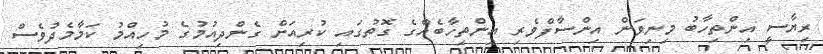
ރިޔާސީ އިންތިހާބު މިނިވަން އިންސާފްވެރި އިންތިހާބެއްގެ ގޮތުގައި ކުރިއަށް ގެންދިއުމުގެ މުހިއްމު ކަމާމެދުވެސް